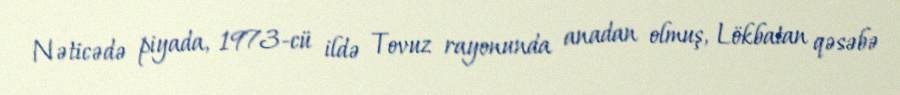
Nəticədə piyada, 1973-cü ildə Tovuz rayonunda anadan olmuş, Lökbatan qəsəbə